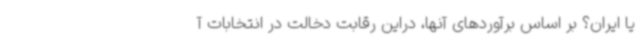
یا ایران؟ بر اساس برآوردهای آنها، دراین رقابت دخالت در انتخابات آ